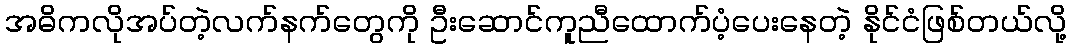
အဓိကလိုအပ်တဲ့လက်နက်တွေကို ဦးဆောင်ကူညီထောက်ပံ့ပေးနေတဲ့ နိုင်ငံဖြစ်တယ်လို့